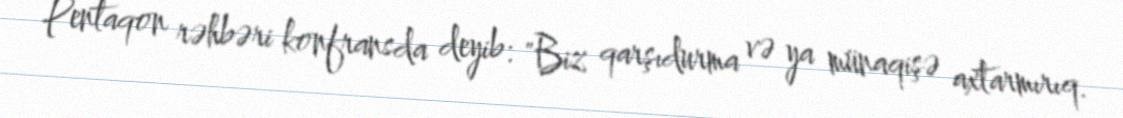
Pentaqon rəhbəri konfransda deyib: "Biz qarşıdurma və ya münaqişə axtarmırıq.